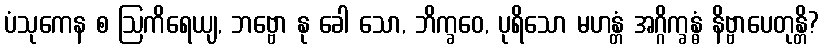
ပံသုကေန စ ဩကိရေယျ, ဘဗ္ဗော နု ခေါ သော, ဘိက္ခဝေ, ပုရိသော မဟန္တံ အဂ္ဂိက္ခန္ဓံ နိဗ္ဗာပေတုန္တိ?